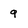
Character: q